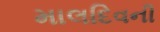
માલદિવની